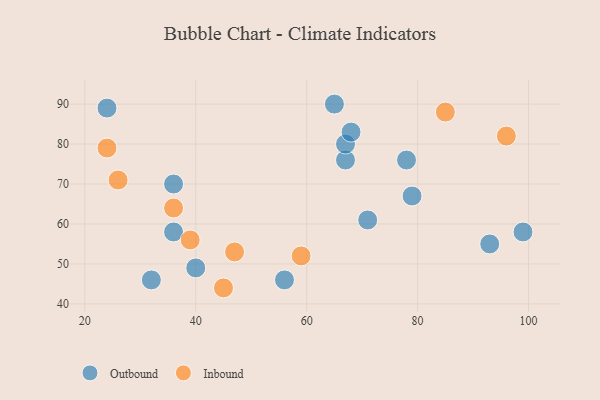
{"axis": {"x": "GDP", "y": "Life Expectancy"}, "legend": ["Inbound", "Outbound"], "data": [{"x": "36", "y": 70, "type": "Outbound"}, {"x": "65", "y": 90, "type": "Outbound"}, {"x": "78", "y": 76, "type": "Outbound"}, {"x": "99", "y": 58, "type": "Outbound"}, {"x": "79", "y": 67, "type": "Outbound"}, {"x": "56", "y": 46, "type": "Outbound"}, {"x": "67", "y": 76, "type": "Outbound"}, {"x": "93", "y": 55, "type": "Outbound"}, {"x": "40", "y": 49, "type": "Outbound"}, {"x": "71", "y": 61, "type": "Outbound"}, {"x": "67", "y": 80, "type": "Outbound"}, {"x": "24", "y": 89, "type": "Outbound"}, {"x": "36", "y": 58, "type": "Outbound"}, {"x": "32", "y": 46, "type": "Outbound"}, {"x": "68", "y": 83, "type": "Outbound"}, {"x": "24", "y": 79, "type": "Inbound"}, {"x": "26", "y": 71, "type": "Inbound"}, {"x": "47", "y": 53, "type": "Inbound"}, {"x": "36", "y": 64, "type": "Inbound"}, {"x": "39", "y": 56, "type": "Inbound"}, {"x": "85", "y": 88, "type": "Inbound"}, {"x": "59", "y": 52, "type": "Inbound"}, {"x": "45", "y": 44, "type": "Inbound"}, {"x": "96", "y": 82, "type": "Inbound"}]}